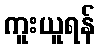
ကူးယူရန်